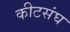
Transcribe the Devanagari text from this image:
कीटसंघ